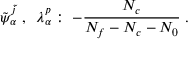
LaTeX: \tilde { \psi } _ { \alpha } ^ { \tilde { j } } \; , \; \; \lambda _ { \alpha } ^ { p } : \; - \frac { N _ { c } } { N _ { f } - N _ { c } - N _ { 0 } } \; .